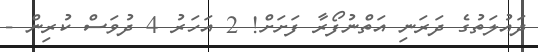
ދައުލަތުގެ ދަރަނި އަތްނުފޯރާ ފަށަށް! 2 އަހަރު 4 ދުވަސް ކުރިން -